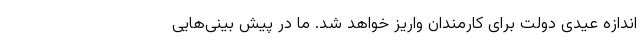
اندازه عیدی دولت برای کارمندان واریز خواهد شد. ما در پیش بینی‌هایی